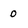
Character: 0